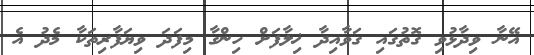
އޭނާ ވިދާޅުވި ގޮތުގައި ގަވާއިދާ ޚިލާފަށް ހިންގާ މިފަދަ ވިޔަފާރިތަކާ މެދު އެ